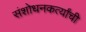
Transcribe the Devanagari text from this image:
संशोधनकर्त्यांची